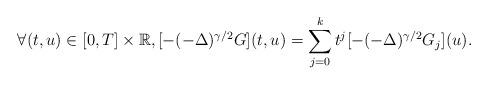
LaTeX: \begin{align*} \forall (t,u) \in [0,T] \times \mathbb{R}, [- ( - \Delta)^{\gamma/2} G] (t,u) = \sum_{j=0}^{k} t^{j} [- ( - \Delta)^{\gamma/2} G_j](u).\end{align*}